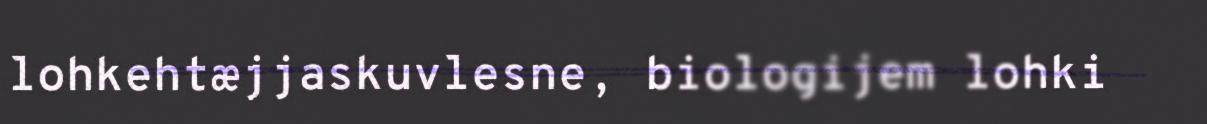
lohkehtæjjaskuvlesne, biologijem lohki